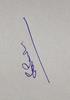
Signature authenticity: genuine